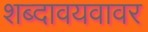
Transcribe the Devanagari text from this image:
शब्दावयवावर